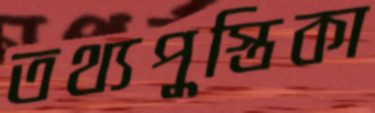
তথ্যপুস্তিকা